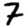
Digit: 7